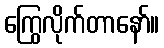
ကြွေလိုက်တာနော်။